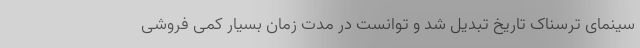
سینمای ترسناک تاریخ تبدیل شد و توانست در مدت زمان بسیار کمی فروشی